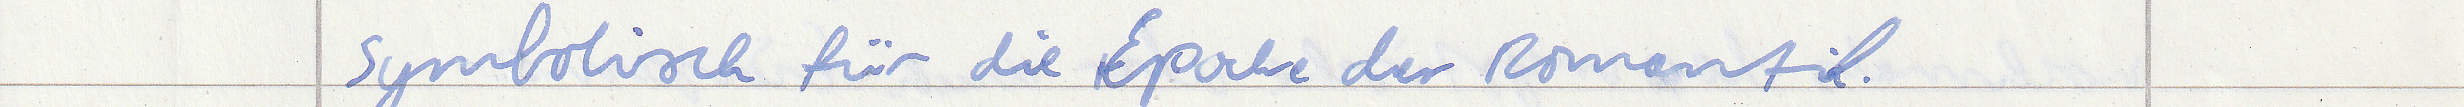
symbolisch für die Epoche der Romantik